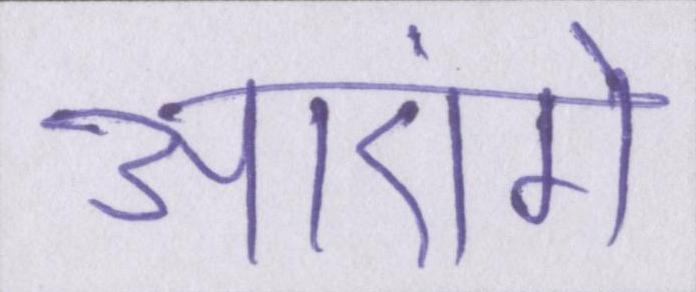
आएंगे